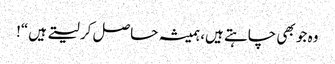
وہ جو بھی چاہتے ہیں، ہمیشہ حاصل کر لیتے ہیں“!